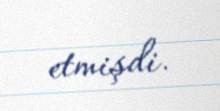
etmişdi.